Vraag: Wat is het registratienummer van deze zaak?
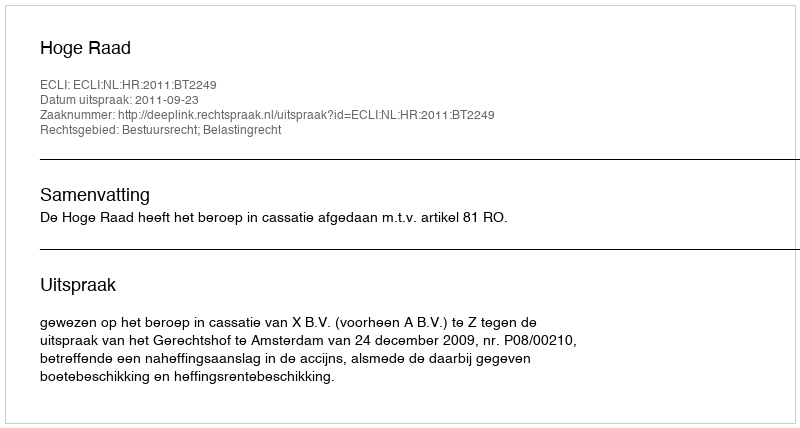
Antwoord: http://deeplink.rechtspraak.nl/uitspraak?id=ECLI:NL:HR:2011:BT2249